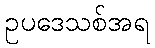
ဥပဒေသစ်အရ